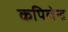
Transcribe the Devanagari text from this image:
कपिलेन्द्र